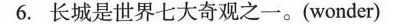
6.长城是世界七大奇观之一。(wonder)